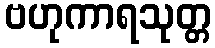
ဗဟုကာရသုတ္တ